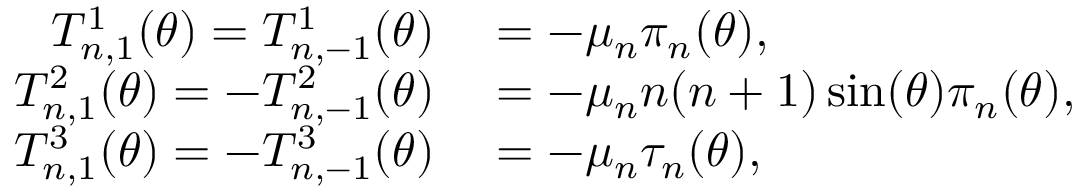
\begin{array} { r l } { T _ { n , 1 } ^ { 1 } ( \theta ) = T _ { n , - 1 } ^ { 1 } ( \theta ) } & { { } = - \mu _ { n } \pi _ { n } ( \theta ) , } \\ { T _ { n , 1 } ^ { 2 } ( \theta ) = - T _ { n , - 1 } ^ { 2 } ( \theta ) } & { { } = - \mu _ { n } n ( n + 1 ) \sin ( \theta ) \pi _ { n } ( \theta ) , } \\ { T _ { n , 1 } ^ { 3 } ( \theta ) = - T _ { n , - 1 } ^ { 3 } ( \theta ) } & { { } = - \mu _ { n } \tau _ { n } ( \theta ) , } \end{array}